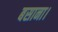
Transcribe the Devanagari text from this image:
बसाना।